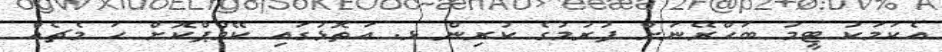
އެކަމަކު ޓީމު ބަހްރޭނަށް ފުރުމުގެ ކުރިން ޅ. އަތޮޅުގައި ކޭމްޕްކޮށް ހަ މެޗެއް